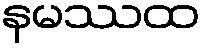
နမဿထ